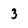
Character: 3